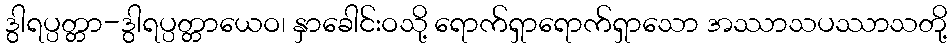
ဒွါရပ္ပတ္တာ-ဒွါရပ္ပတ္တာယေဝ၊ နှာခေါင်းဝသို့ ရောက်ရှာရောက်ရှာသော အဿာသပဿာသတို့